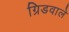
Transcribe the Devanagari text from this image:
ग्रिडवाले